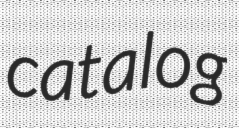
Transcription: catalog